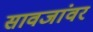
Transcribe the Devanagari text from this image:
सावजांवर